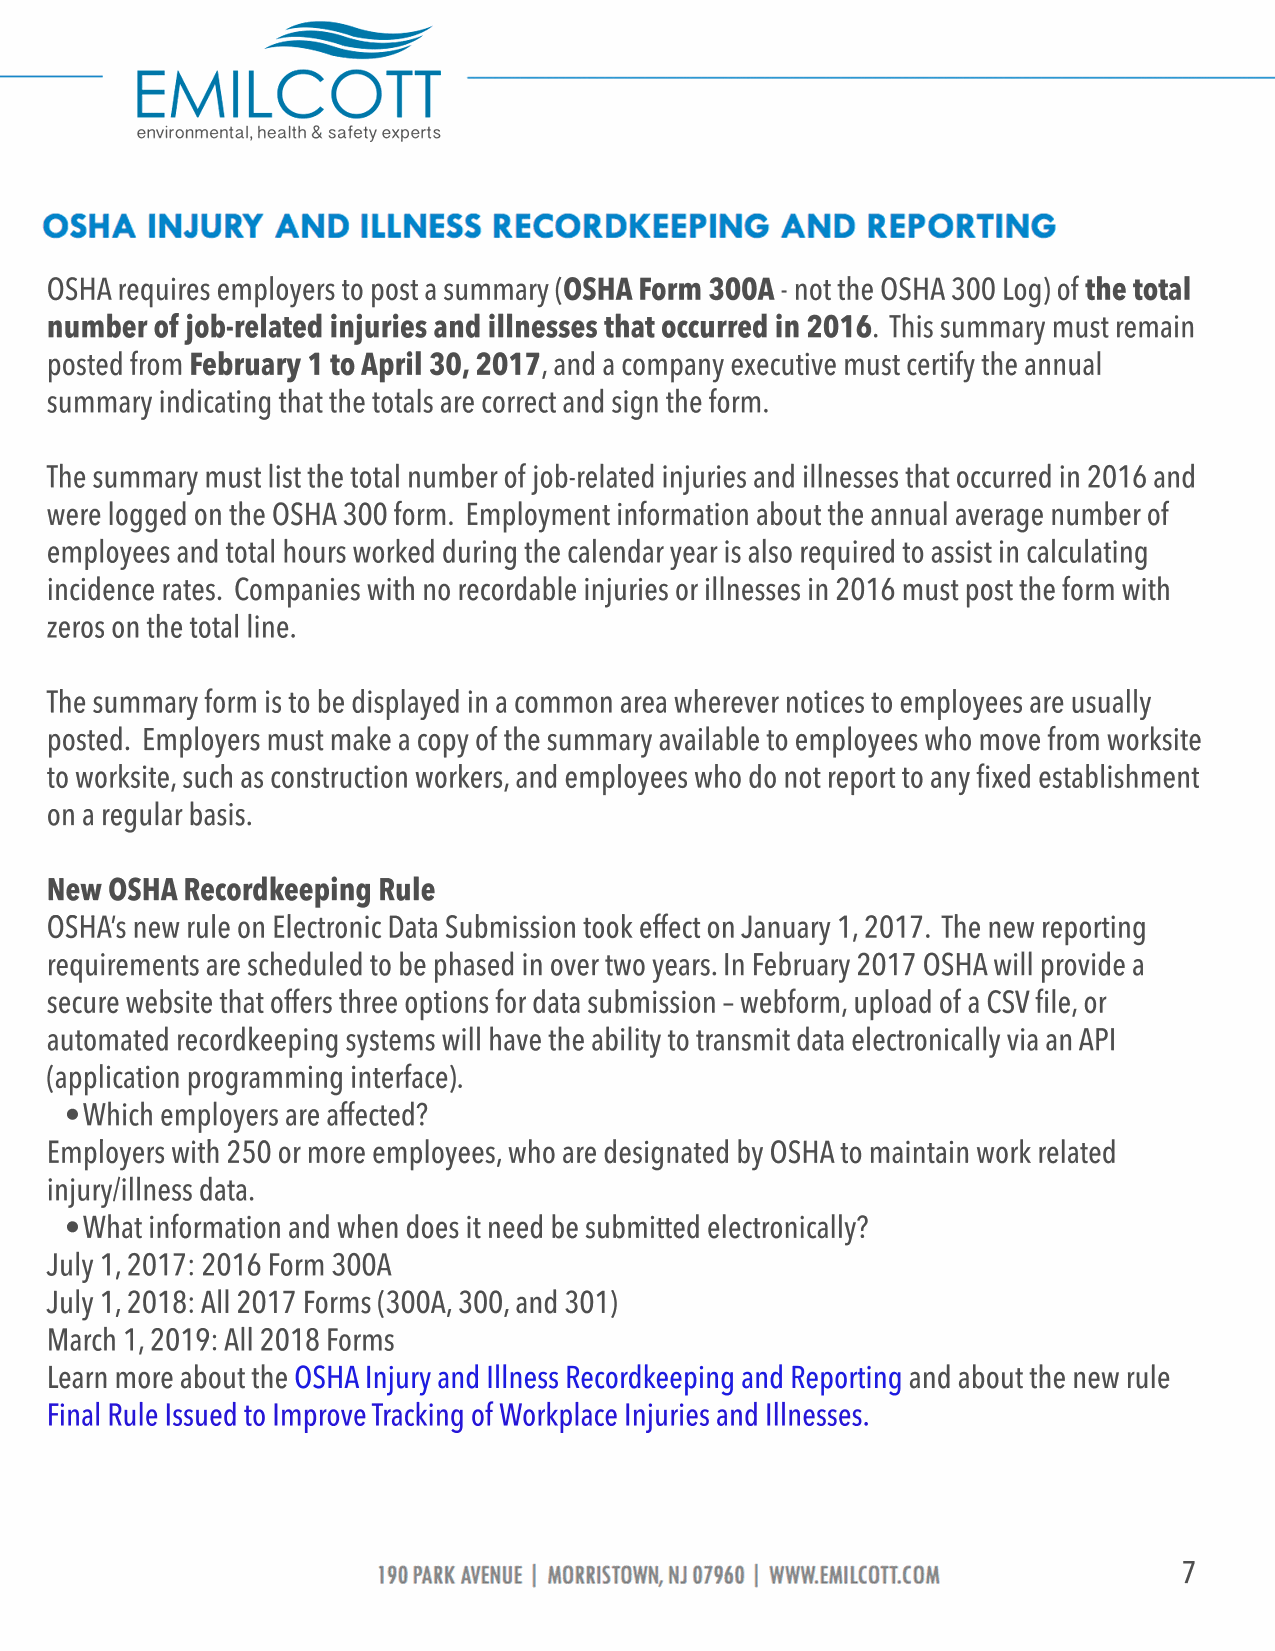
OSHA requires employers to post a summary (OSHA Form 300A - not the OSHA 300 Log) of the total
 number of job-related injuries and illnesses that occurred in 2016. This summary must remain
 posted from February 1 to April 30, 2017, and a company executive must certify the annual
 summary indicating that the totals are correct and sign the form.
 TThe summary must list the total number of job-related injuries and illnesses that occurred in 2016 and
 were logged on the OSHA 300 form. Employment information about the annual average number of
 employees and total hours worked during the calendar year is also required to assist in calculating
 incidence rates. Companies with no recordable injuries or illnesses in 2016 must post the form with
 zeros on the total line.
 TThe summary form is to be displayed in a common area wherever notices to employees are usually
 posted. Employers must make a copy of the summary available to employees who move from worksite
 to worksite, such as construction workers, and employees who do not report to any fixed establishment
 on a regular basis.
 New OSHA Recordkeeping Rule
 OOSSHHA’s new rule on Electronic Data Submission took effect on January 1, 2017. The new reporting
 requirements are scheduled to be phased in over two years. In February 2017 OSHA will provide a
 secure website that offers three options for data submission – webform, upload of a CSV file, or
 automated recordkeeping systems will have the ability to transmit data electronically via an API
 (application programming interface).
 • Which employers are affected?
 EEmmppllooyyeerrss wwiitthh 225500 oorr mmoore employees, who are designated by OSHA to maintain work related
 injury/illness data.
 • What information and when does it need be submitted electronically?
 July 1, 2017: 2016 Form 300A
 July 1, 2018: All 2017 Forms (300A, 300, and 301)
 March 1, 2019: All 2018 Forms
 LLearn more about the OSHA Injury and Illness Recordkeeping and Reporting and about the new rule
 F i n a l R u l e I s s u e d to Im p r o v e T r a c k i n g o f W o r k p l a c e I n j u r i e s a n d I l l n e s s e s .
 7